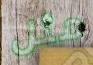
مثل